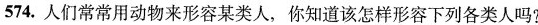
574.人们常常用动物来形容某类人，你知道该怎样形容下列各类人吗?